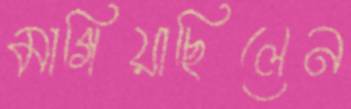
মাগিয়াছিলেন